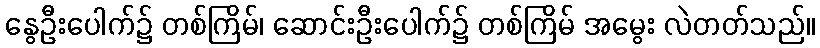
နွေဦးပေါက်၌ တစ်ကြိမ်၊ ဆောင်းဦးပေါက်၌ တစ်ကြိမ် အမွေး လဲတတ်သည်။